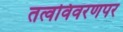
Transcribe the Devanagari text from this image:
तत्वविवरणपर